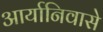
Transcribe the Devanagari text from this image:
आर्यानिवासे